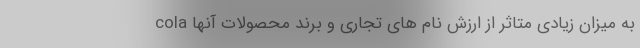
cola به میزان زیادی متاثر از ارزش نام های تجاری و برند محصولات آنها